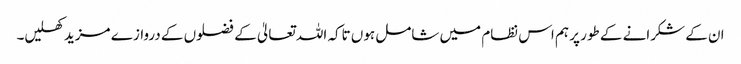
ان کے شکرانے کے طور پر ہم اس نظام میں شامل ہوں تاکہ اللہ تعالیٰ کے فضلوں کے دروازے مزید کھلیں۔